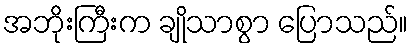
အဘိုးကြီးက ချိုသာစွာ ပြောသည်။